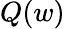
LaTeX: Q(w)